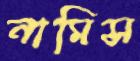
নামিস